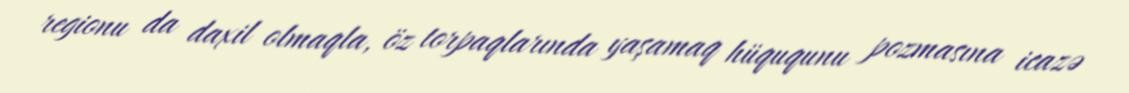
regionu da daxil olmaqla, öz torpaqlarında yaşamaq hüququnu pozmasına icazə